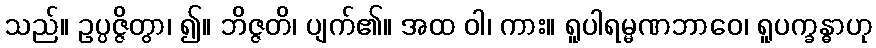
သည်။ ဥပ္ပဇ္ဇိတွာ၊ ၍။ ဘိဇ္ဇတိ၊ ပျက်၏။ အထ ဝါ၊ ကား။ ရူပါရမ္မဏဘာဝေ၊ ရူပက္ခန္ဓာဟု